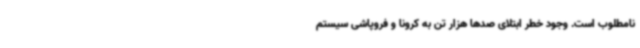
نامطلوب است. وجود خطر ابتلای صدها هزار تن به کرونا و فروپاشی سیستم